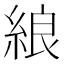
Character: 𦀬